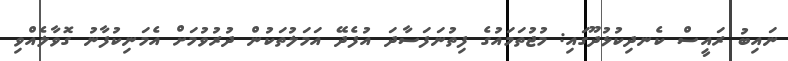
ނައިބު ރައީސް ކެނދިކުޅުދޫގައި: މުޖުތަމައުގެ ފިތުނަފަސާދަ އުފެދޭ އަމަލުތަކުން ދުރުވުމަށް އެމަނިކުފާނު ގޮވާލެއްވި